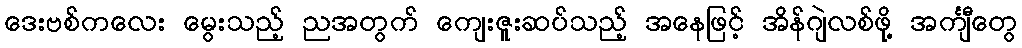
ဒေးဗစ်ကလေး မွေးသည့် ညအတွက် ကျေးဇူးဆပ်သည့် အနေဖြင့် အိန်ဂျဲလစ်ဖို့ အင်္ကျီတွေ